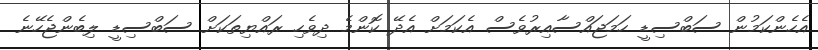
އެހެންކަމުން ސަބްސިޑީ ހަމަަޖައްސާއިރުވެސް އެކަމަށް އެދޭ ކޮންމެ ދިވެހި ރައްޔިތަކަށް ސަބްސިޑީ ލިބެންޖެހޭނެ